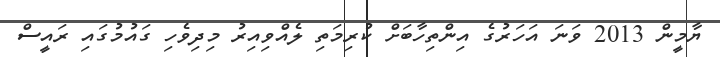
ޔާމީން 2013 ވަނަ އަހަރުގެ އިންތިހާބަށް ކުރިމަތި ލެއްވިއިރު މިދިވެހި ގައުމުގައި ރައީސް